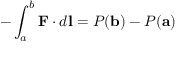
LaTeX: - \int _ { a } ^ { b } \mathbf { F } \cdot d \mathbf { l } = P ( \mathbf { b } ) - P ( \mathbf { a } )